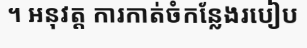
។ អនុវត្ត ការកាត់ចំកន្លែងរបៀប